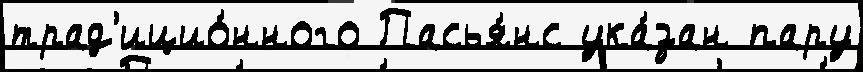
трад'ицио́нного Пасья́нс ука́зан пару